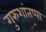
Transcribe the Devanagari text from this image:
गुरुशांतप्पा